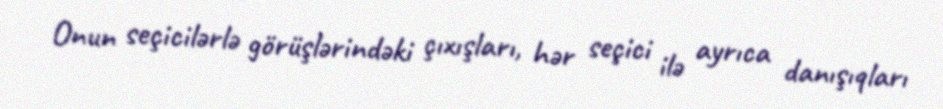
Onun seçicilərlə görüşlərindəki çıxışları, hər seçici ilə ayrıca danışıqları